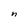
Character: n